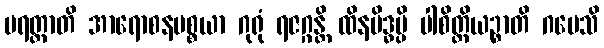
ပရတ္ထာတိ အာရောစနပစ္စယာ ဂုရုံ ရဇဂ္ဂန္တိ ထိနမိဒ္ဓမ္ပိ ပါစိတ္တိယဉ္စာတိ ဂမေသိ